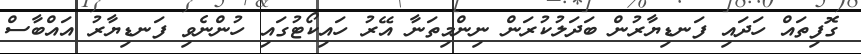
ގޮފިތައް ހަދައި ފަނޑިޔާރުން ބަދަލުކުރަން ނިންމިތަނާ އޭރު ހައިކޯޓުގައި ހުންނެވި ފަނޑިޔާރު އައްބާސް